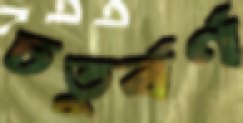
চতুর্বর্ণ